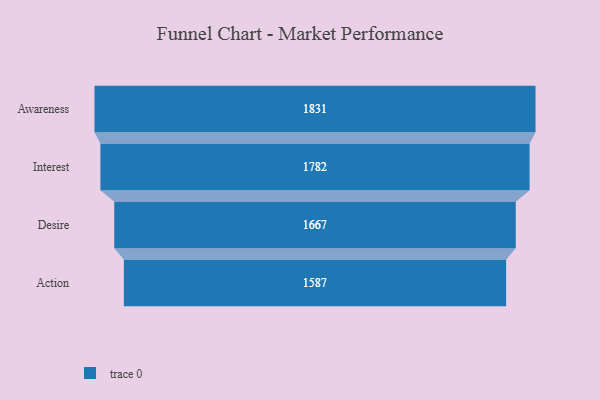
{"axis": {"x": "Stage", "y": "Value"}, "legend": [""], "data": [{"x": "Awareness", "y": 1831.0, "type": ""}, {"x": "Interest", "y": 1782.0, "type": ""}, {"x": "Desire", "y": 1667.0, "type": ""}, {"x": "Action", "y": 1587.0, "type": ""}]}